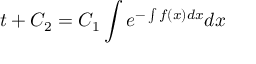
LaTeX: t + C _ { 2 } = C _ { 1 } \int e ^ { - \int f ( x ) d x } d x